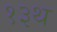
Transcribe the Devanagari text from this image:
१३थ